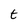
Character: t